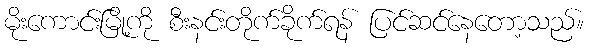
မိုးကောင်းမြို့ကို စီးနင်းတိုက်ခိုက်ရန် ပြင်ဆင်နေတော့သည်။